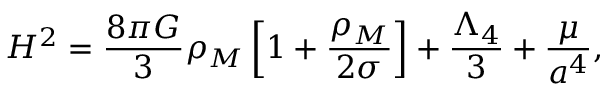
H ^ { 2 } = \frac { 8 \pi G } { 3 } \rho _ { M } \left[ 1 + \frac { \rho _ { M } } { 2 \sigma } \right] + \frac { \Lambda _ { 4 } } { 3 } + \frac { \mu } { a ^ { 4 } } ,